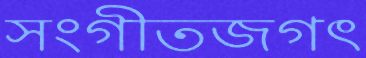
সংগীতজগৎ